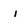
Character: i